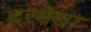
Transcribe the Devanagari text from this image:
दरमेघा